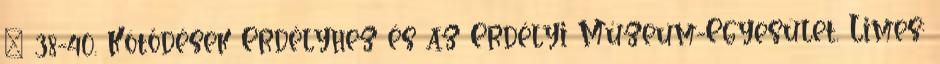
– 38-40. Kötődések Erdélyhez és az Erdélyi Múzeum-Egyesület. Limes: